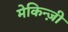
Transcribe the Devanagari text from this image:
मेकिन्ज़ी